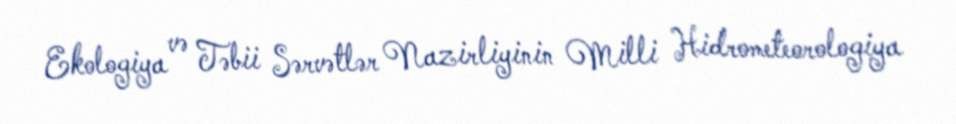
Ekologiya və Təbii Sərvətlər Nazirliyinin Milli Hidrometeorologiya